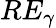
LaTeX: RE_{\gamma}